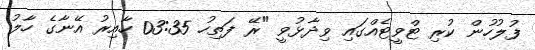
ފުލުހުން ކުރި ޓްވީޓެއްގައި ވިދާޅުވީ "ރޭ ފަތިހު 03:35 ހާއިރު އޭނާގެ ހާލު